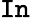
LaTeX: \mathtt{In}